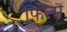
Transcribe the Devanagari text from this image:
फिल्मैं